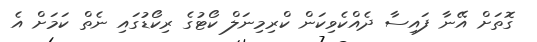
ގޮތަށް އޭނާ ފައިސާ ދެއްކެވިކަން ކްރިމިނަލް ކޯޓުގެ ރިކޯޑުގައި ނެތް ކަމަށް އެ